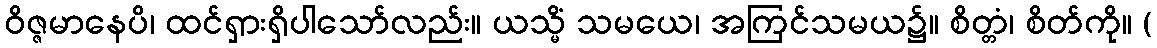
ဝိဇ္ဇမာနေပိ၊ ထင်ရှားရှိပါသော်လည်း။ ယသ္မိံ သမယေ၊ အကြင်သမယ၌။ စိတ္တံ၊ စိတ်ကို။ (